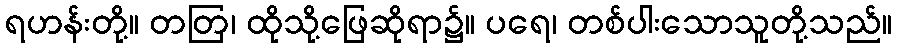
ရဟန်းတို့။ တတြ၊ ထိုသို့ဖြေဆိုရာ၌။ ပရေ၊ တစ်ပါးသောသူတို့သည်။